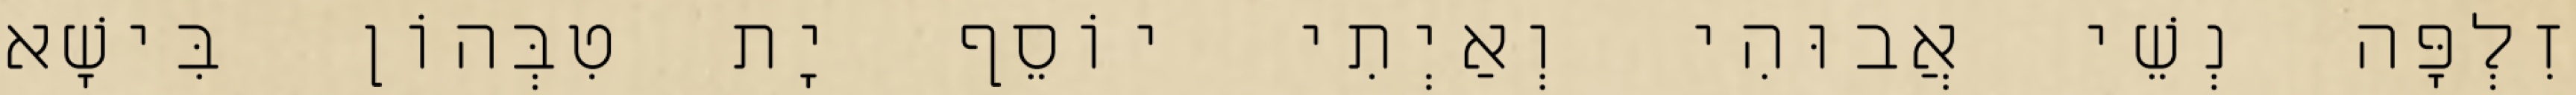
זִלְפָּה נְשֵׁי אֲבוּהִי וְאַיְתִי יוֹסֵף יָת טִבְּהוֹן בִּישָׁא